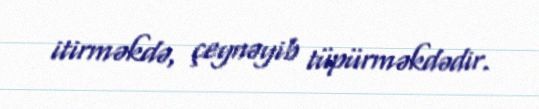
itirməkdə, çeynəyib tüpürməkdədir.